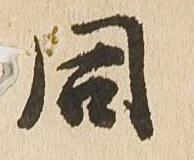
同